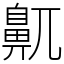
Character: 鼿